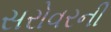
સરોવરની